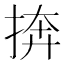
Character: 捹